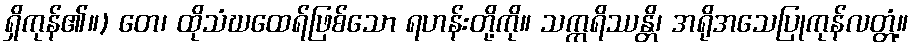
ရှိကုန်၏။) တေ၊ ထိုသံဃထေရ်ဖြစ်သော ရဟန်းတို့ကို။ သက္ကရိဿန္တိ၊ အရိုအသေပြုကုန်လတ္တံ့။